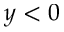
y < 0